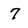
Character: 7